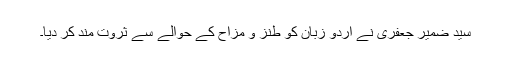
سید ضمیر جعفری نے اردو زبان کو طنز و مزاح کے حوالے سے ثروت مند کر دیا۔